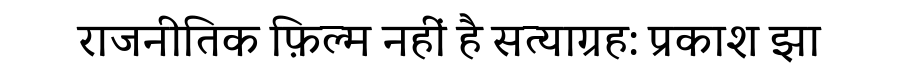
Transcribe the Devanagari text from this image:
राजनीतिक फ़िल्म नहीं है सत्याग्रह: प्रकाश झा